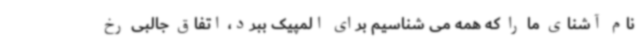
نام آشنای ما را که همه می شناسیم برای المپیک ببرد، اتفاق جالبی رخ